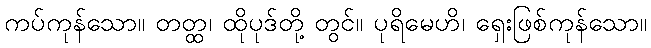
ကပ်ကုန်သော။ တတ္ထ၊ ထိုပုဒ်တို့ တွင်။ ပုရိမေဟိ၊ ရှေးဖြစ်ကုန်သော။